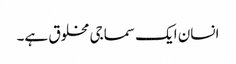
انسان ایک سماجی مخلوق ہے۔